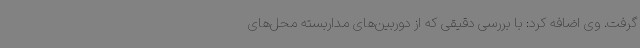
گرفت. وی اضافه کرد: با بررسی دقیقی که از دوربین‌های مداربسته محل‌های